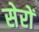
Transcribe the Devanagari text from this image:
सेरों